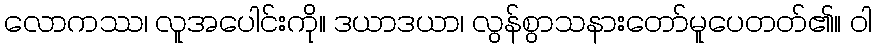
လောကဿ၊ လူအပေါင်းကို။ ဒယာဒယာ၊ လွန်စွာသနားတော်မူပေတတ်၏။ ဝါ